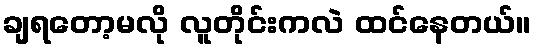
ချရတော့မလို လူတိုင်းကလဲ ထင်နေတယ်။